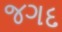
જગદ